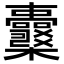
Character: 𣡪